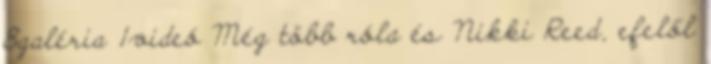
8galéria 1videó Még több róla és Nikki Reed, efelől